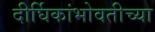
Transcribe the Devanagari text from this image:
दीर्घिकांभोवतीच्या